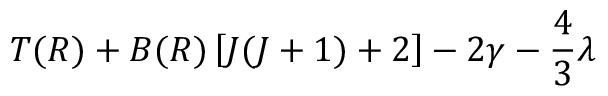
T ( R ) + B ( R ) \left[ J ( J + 1 ) + 2 \right] - 2 \ensuremath { \gamma } - \frac { 4 } { 3 } \ensuremath { \lambda }